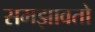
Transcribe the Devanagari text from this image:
समझावतो